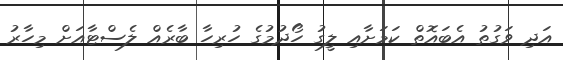
އަދި ވަގުތު އެބައޮތް ކަމަށާއި ލީގު ހޯދުމުގެ ހުރިހާ ބާރެއް ލެސްޓާއަށް މިހާރު